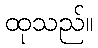
ထုသည်။